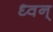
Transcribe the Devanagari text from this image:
ध्वन्